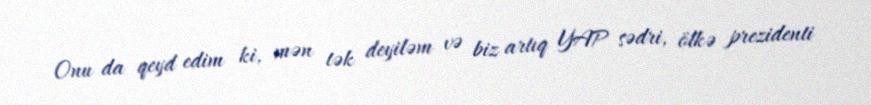
Onu da qeyd edim ki, mən tək deyiləm və biz artıq YAP sədri, ölkə prezidenti